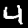
Label: 4